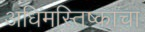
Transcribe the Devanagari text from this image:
अधिमस्तिष्काचा